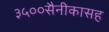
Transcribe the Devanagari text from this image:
३५००सैनीकासह